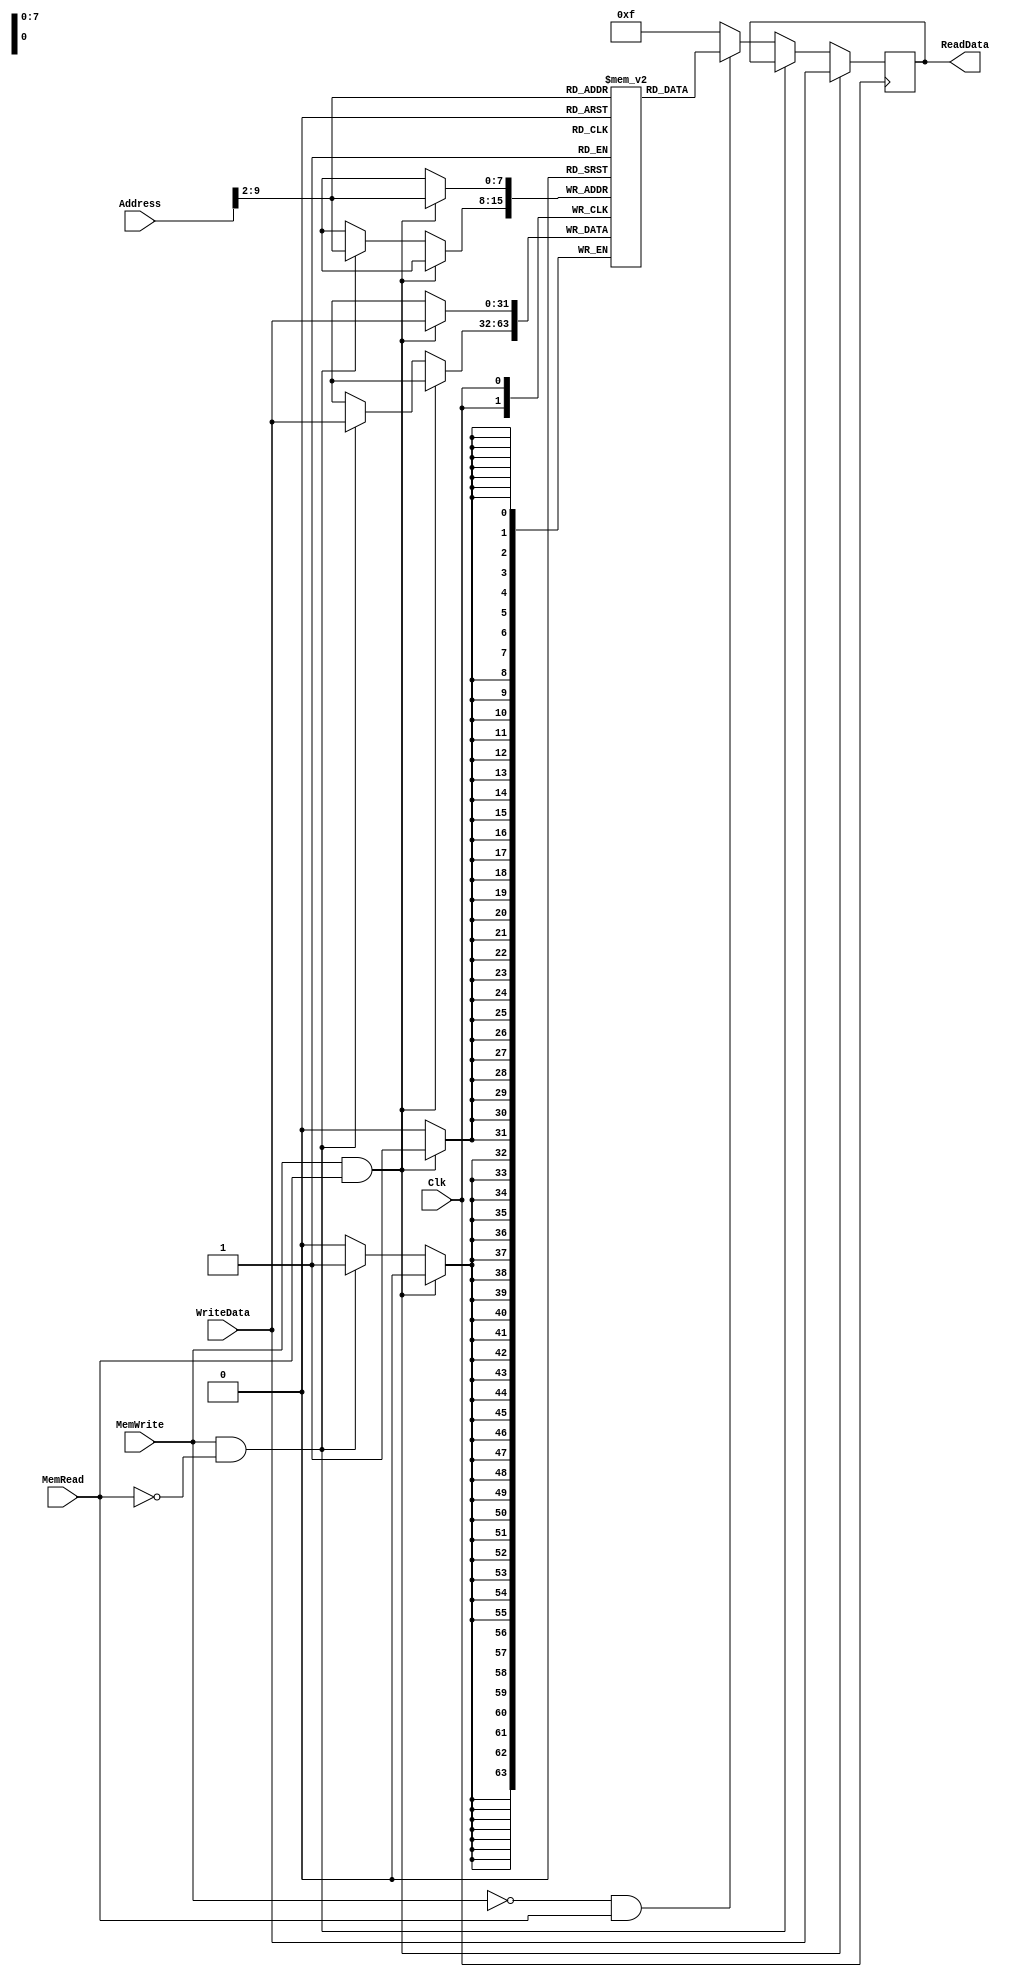
`timescale 1ns / 1ps
////////////////////////////////////////////////////////////////////////////////
// ECE369 - Computer Architecture
// Module - data_memory.v
// Description - 32-Bit wide data memory.
//
// Engineers: Sebastian Thiem & Brian Winlker
// % effort:  Sebastian Thiem(50%) & Brian Winlker(50%)
//
// INPUTS:-
// Address: 32-Bit address input port.
// WriteData: 32-Bit input port.
// Clk: 1-Bit Input clock signal.
// MemWrite: 1-Bit control signal for memory write.
// MemRead: 1-Bit control signal for memory read.
//
// OUTPUTS:-
// ReadData: 32-Bit registered output port.
//
// FUNCTIONALITY:-
// Design the above memory similar to the 'RegisterFile' model in the previous 
// assignment.  Create a 1K memory, for which we need 10 bits.  In order to 
// implement byte addressing, we will use bits Address[11:2] to index the 
// memory location. The 'WriteData' value is written into the address 
// corresponding to Address[11:2] in the positive clock edge if 'MemWrite' 
// signal is 1. 'ReadData' is the value of memory location Address[11:2] if 
// 'MemRead' is 1, otherwise, it is 0x00000000. The reading of memory is not 
// clocked.
//
// you need to declare a 2d array. in this case we need an array of 1024 (1K)  
// 32-bit elements for the memory.   
// for example,  to declare an array of 256 32-bit elements, declaration is: reg[31:0] memory[0:255]
// if i continue with the same declaration, we need 8 bits to index to one of 256 elements. 
// however , address port for the data memory is 32 bits. from those 32 bits, least significant 2 
// bits help us index to one of the 4 bytes within a single word. therefore we only need bits [9-2] 
// of the "Address" input to index any of the 256 words. 
////////////////////////////////////////////////////////////////////////////////
module DataMemory(Address, WriteData, Clk, MemWrite, MemRead, ReadData); 
    
    (*keep = "true"*)
    
    input [31:0] Address; 	// Input Address 
    input [31:0] WriteData; // Data that needs to be written into the address 
    input Clk;
    input MemWrite; 		// Control signal for memory write 
    input MemRead; 			// Control signal for memory read 

    output reg [31:0] ReadData; // Contents of memory location at Address
    
    integer i;
    reg [31:0] memory[255:0];
    
    // We are initializing memory to just store 4 times that memmory address's address
    initial begin
        
        memory[00] = 32'd100;
        memory[01] = 32'd200;
        memory[02] = 32'd300;
        memory[03] = 32'd400;
        memory[04] = 32'd500;
        memory[05] = 32'd600;
        memory[06] = 32'd700;
        memory[07] = 32'd800;
        memory[08] = 32'd900;
        memory[09] = 32'd1000;
        memory[10] = 32'd1100;
        memory[11] = 32'd1200;
            
        for(i = 12; i < 256; i = i + 1) begin
             memory[i] = 32'b0;
        end 
    end

    always@(negedge Clk) begin
        if(MemWrite == 1'b1 && MemRead == 1'b1) begin
            memory[Address[9:2]] <= WriteData;
            ReadData <= WriteData;
        end
        else if (MemWrite == 1'b1 && MemRead == 1'b0) begin
            memory[Address[9:2]] <= WriteData;
        end
        else if (MemWrite == 1'b0 && MemRead == 1'b1) begin
            ReadData <= memory[Address[9:2]];
        end
        else begin
            ReadData <= 32'b1111;
        end
    end

endmodule